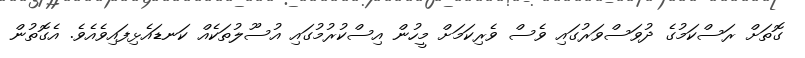
ގޮތަށް ރަސްކަމުގެ ދުވަސްވަރުގައި ވެސް ވެރިކަމަށް މީހުން އިސްކުރުމުގައި އުސޫލުތަކެއް ކަނޑައެޅިފައިވެއެވެ. އެގޮތުން